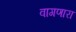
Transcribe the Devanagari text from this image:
वागणारा